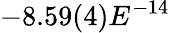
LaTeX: -8.59(4)E^{-14}